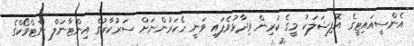
އެންސީއައިޓީގެ އޮފިޝަލަކު މީގެ ކުރިން ވިދާޅުވެފައި ވަނީ ހެކަރުންނަށް ސަރުކާރުގެ އިންޓާނަލް ނެޓްވޯކްގެ